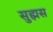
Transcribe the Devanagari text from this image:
सुह्मस